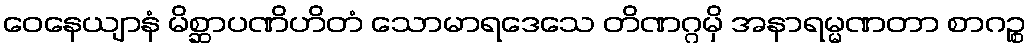
ဝေနေယျာနံ မိစ္ဆာပဏိဟိတံ သောမာရဒေသေ တိဏဂ္ဂမှိ အနာရမ္မဏတာ စာဂဉ္စ